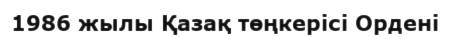
1986 жылы Қазақ төңкерісі Ордені